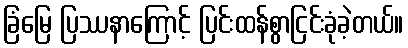
ခြံမြေ ပြဿနာကြောင့် ပြင်းထန်စွာငြင်းခုံခဲ့တယ်။